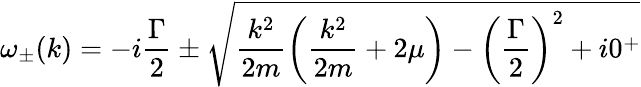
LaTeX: \omega_{\pm}(k)=-i\frac{\Gamma}{2}\pm\sqrt{\frac{k^{2}}{2m}\left(\frac{k^{2}}{2m}+2\mu\right)-\left(\frac{\Gamma}{2}\right)^{2}+i0^{+}}